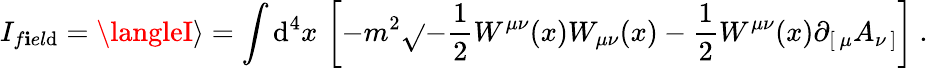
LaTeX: I_{f\mathbf{i}el\mathrm{d}}=\langleI\rangle=\int\mathrm{d}^{4}x\, \left[-m^{2}\sqrt{}{{-{\frac{{1}}{{2}}}W^{\mu\nu}(x)W_{\mu\nu}(x)}}-{\frac{{1}}{{2}}}W^{\mu\nu}(x)\partial_{[\, \mu}A_{\nu\, ]}\right]\ .